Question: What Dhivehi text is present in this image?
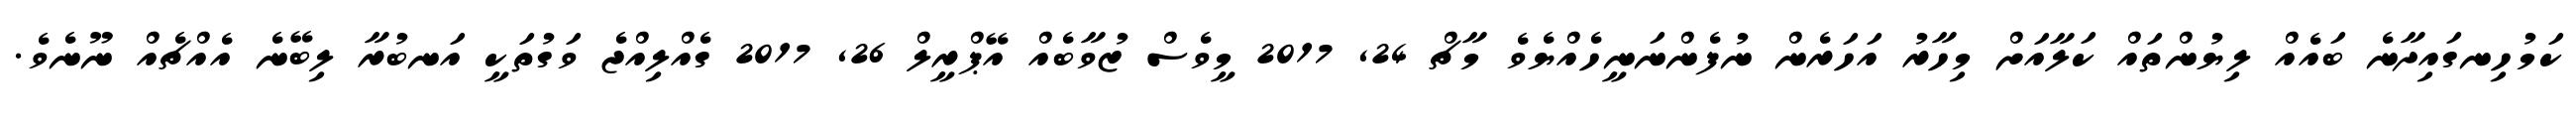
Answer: ކަމުހިނގައިދާނެ ބައެއް ލިޔުންތައް ކަލާއަށް މިހާރު އަހަރެން ނުފެންނަނީހެއްޔެވެ މާޗް 24, 2017 މީވެސް ޒުވާބެއް އޭޕްރީލް 26, 2017 ގެއްލިއްޖެ ވަގުތަކީ އަނބުރާ ލިބޭނެ އެއްޗެއް ނޫނެވެ.